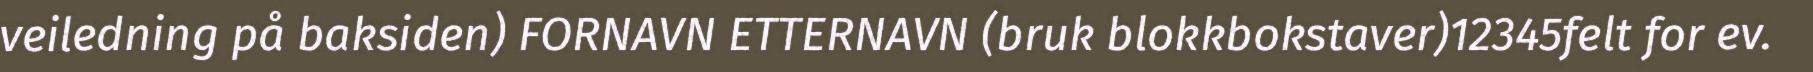
veiledning på baksiden) FORNAVN ETTERNAVN (bruk blokkbokstaver)12345felt for ev.